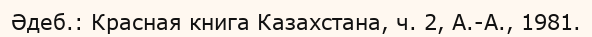
Әдеб.: Красная книга Казахстана, ч. 2, А.-А., 1981.